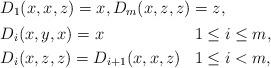
LaTeX: \begin{align*} & D_1(x,x,z) = x, D_m(x,z,z) = z, \\ & \begin{aligned} & D_i(x,y,x) = x & & 1\leq i\leq m, \\ & D_i(x,z,z) = D_{i+1}(x,x,z) & & 1\leq i<m, \end{aligned}\end{align*}